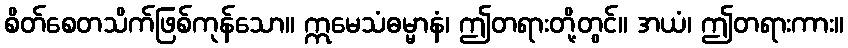
စိတ်စေတသိက်ဖြစ်ကုန်သော။ ဣမေသံဓမ္မာနံ၊ ဤတရားတို့တွင်။ အယံ၊ ဤတရားကား။